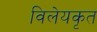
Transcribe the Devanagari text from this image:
विलेयकृत